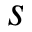
s